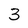
Character: 3